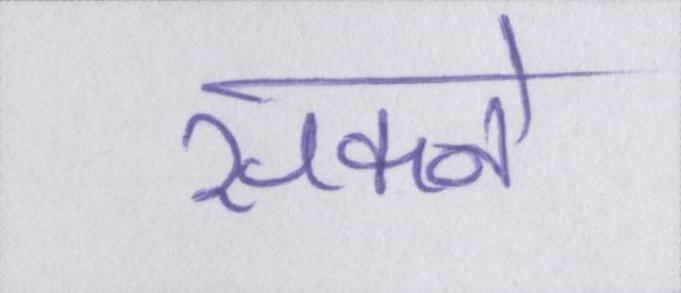
सकने